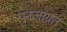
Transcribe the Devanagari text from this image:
पुनर्जाग्रत